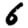
Digit: 6